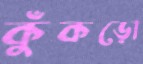
কুঁকড়ো